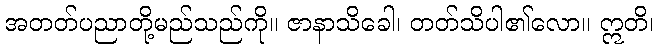
အတတ်ပညာတို့မည်သည်ကို။ ဇာနာသိခေါ၊ တတ်သိပါ၏လော။ ဣတိ၊